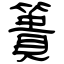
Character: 簣